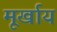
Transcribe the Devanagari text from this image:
मूर्खाय